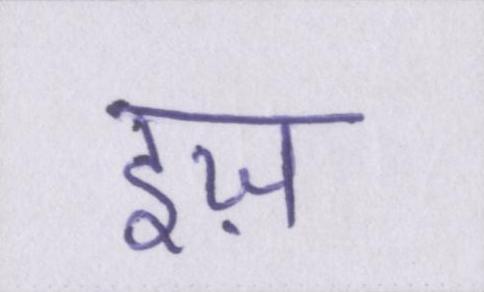
इज़